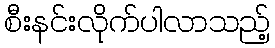
စီးနင်းလိုက်ပါလာသည့်